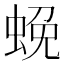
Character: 𮔔